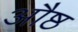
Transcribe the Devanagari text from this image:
औष्ठ